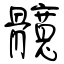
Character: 髖